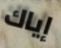
إياك